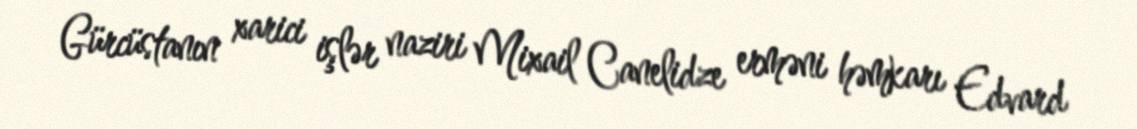
Gürcüstanın xarici işlər naziri Mixail Canelidze erməni həmkarı Edvard